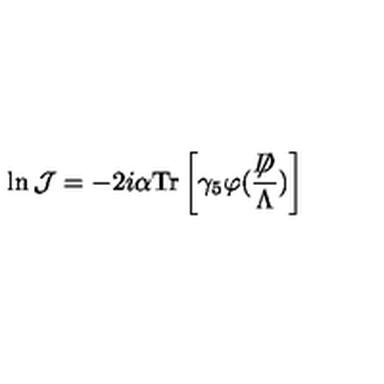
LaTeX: \ln { \mathcal J } = - 2 i \alpha \mathrm { T r } \left[ \gamma _ { 5 } \varphi ( \frac { \not \! \! D } { \Lambda } ) \right]